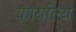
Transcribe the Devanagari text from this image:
कार्याल्य